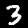
Label: 3